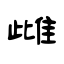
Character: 雌